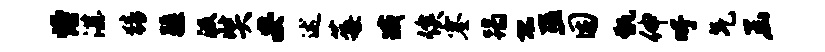
熳湛猜疆汲奘安述莓臧俟塞蹋恐巫困甑伸吁气函